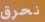
نحرق